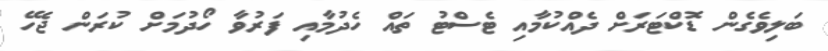
ބަލިވެގެން ޑޮކްޓަރަށް ދެއްކުމާއި ޓެސްޓު ތައް ހެދުމާއި ފަރުވާ ހޯދުމަށް ކުރަން ޖެހޭ